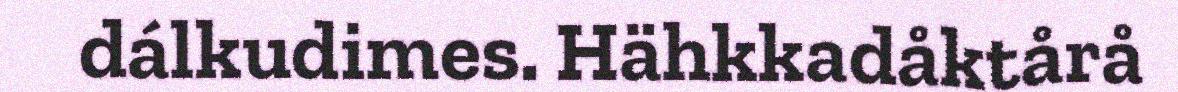
dálkudimes. Hähkkadåktårå